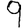
Digit: 9